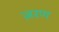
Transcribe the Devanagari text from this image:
ज़रण